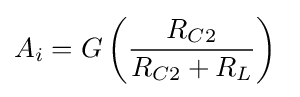
A_{i}=G\left({\frac {R_{C2}}{R_{C2}+R_{L}}}\right)\